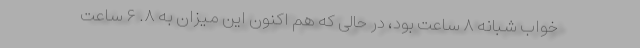
خواب شبانه ۸ ساعت بود، در حالی که هم اکنون این میزان به ۸. ۶ ساعت